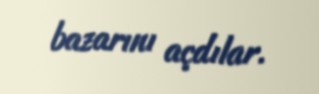
bazarını açdılar.